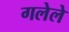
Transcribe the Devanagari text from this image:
गलेले